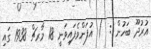
އުރުދޫ ބަހުން :  ) އުފަންވެފައިވަނީ 18 މާރޗް 1938 ގައި